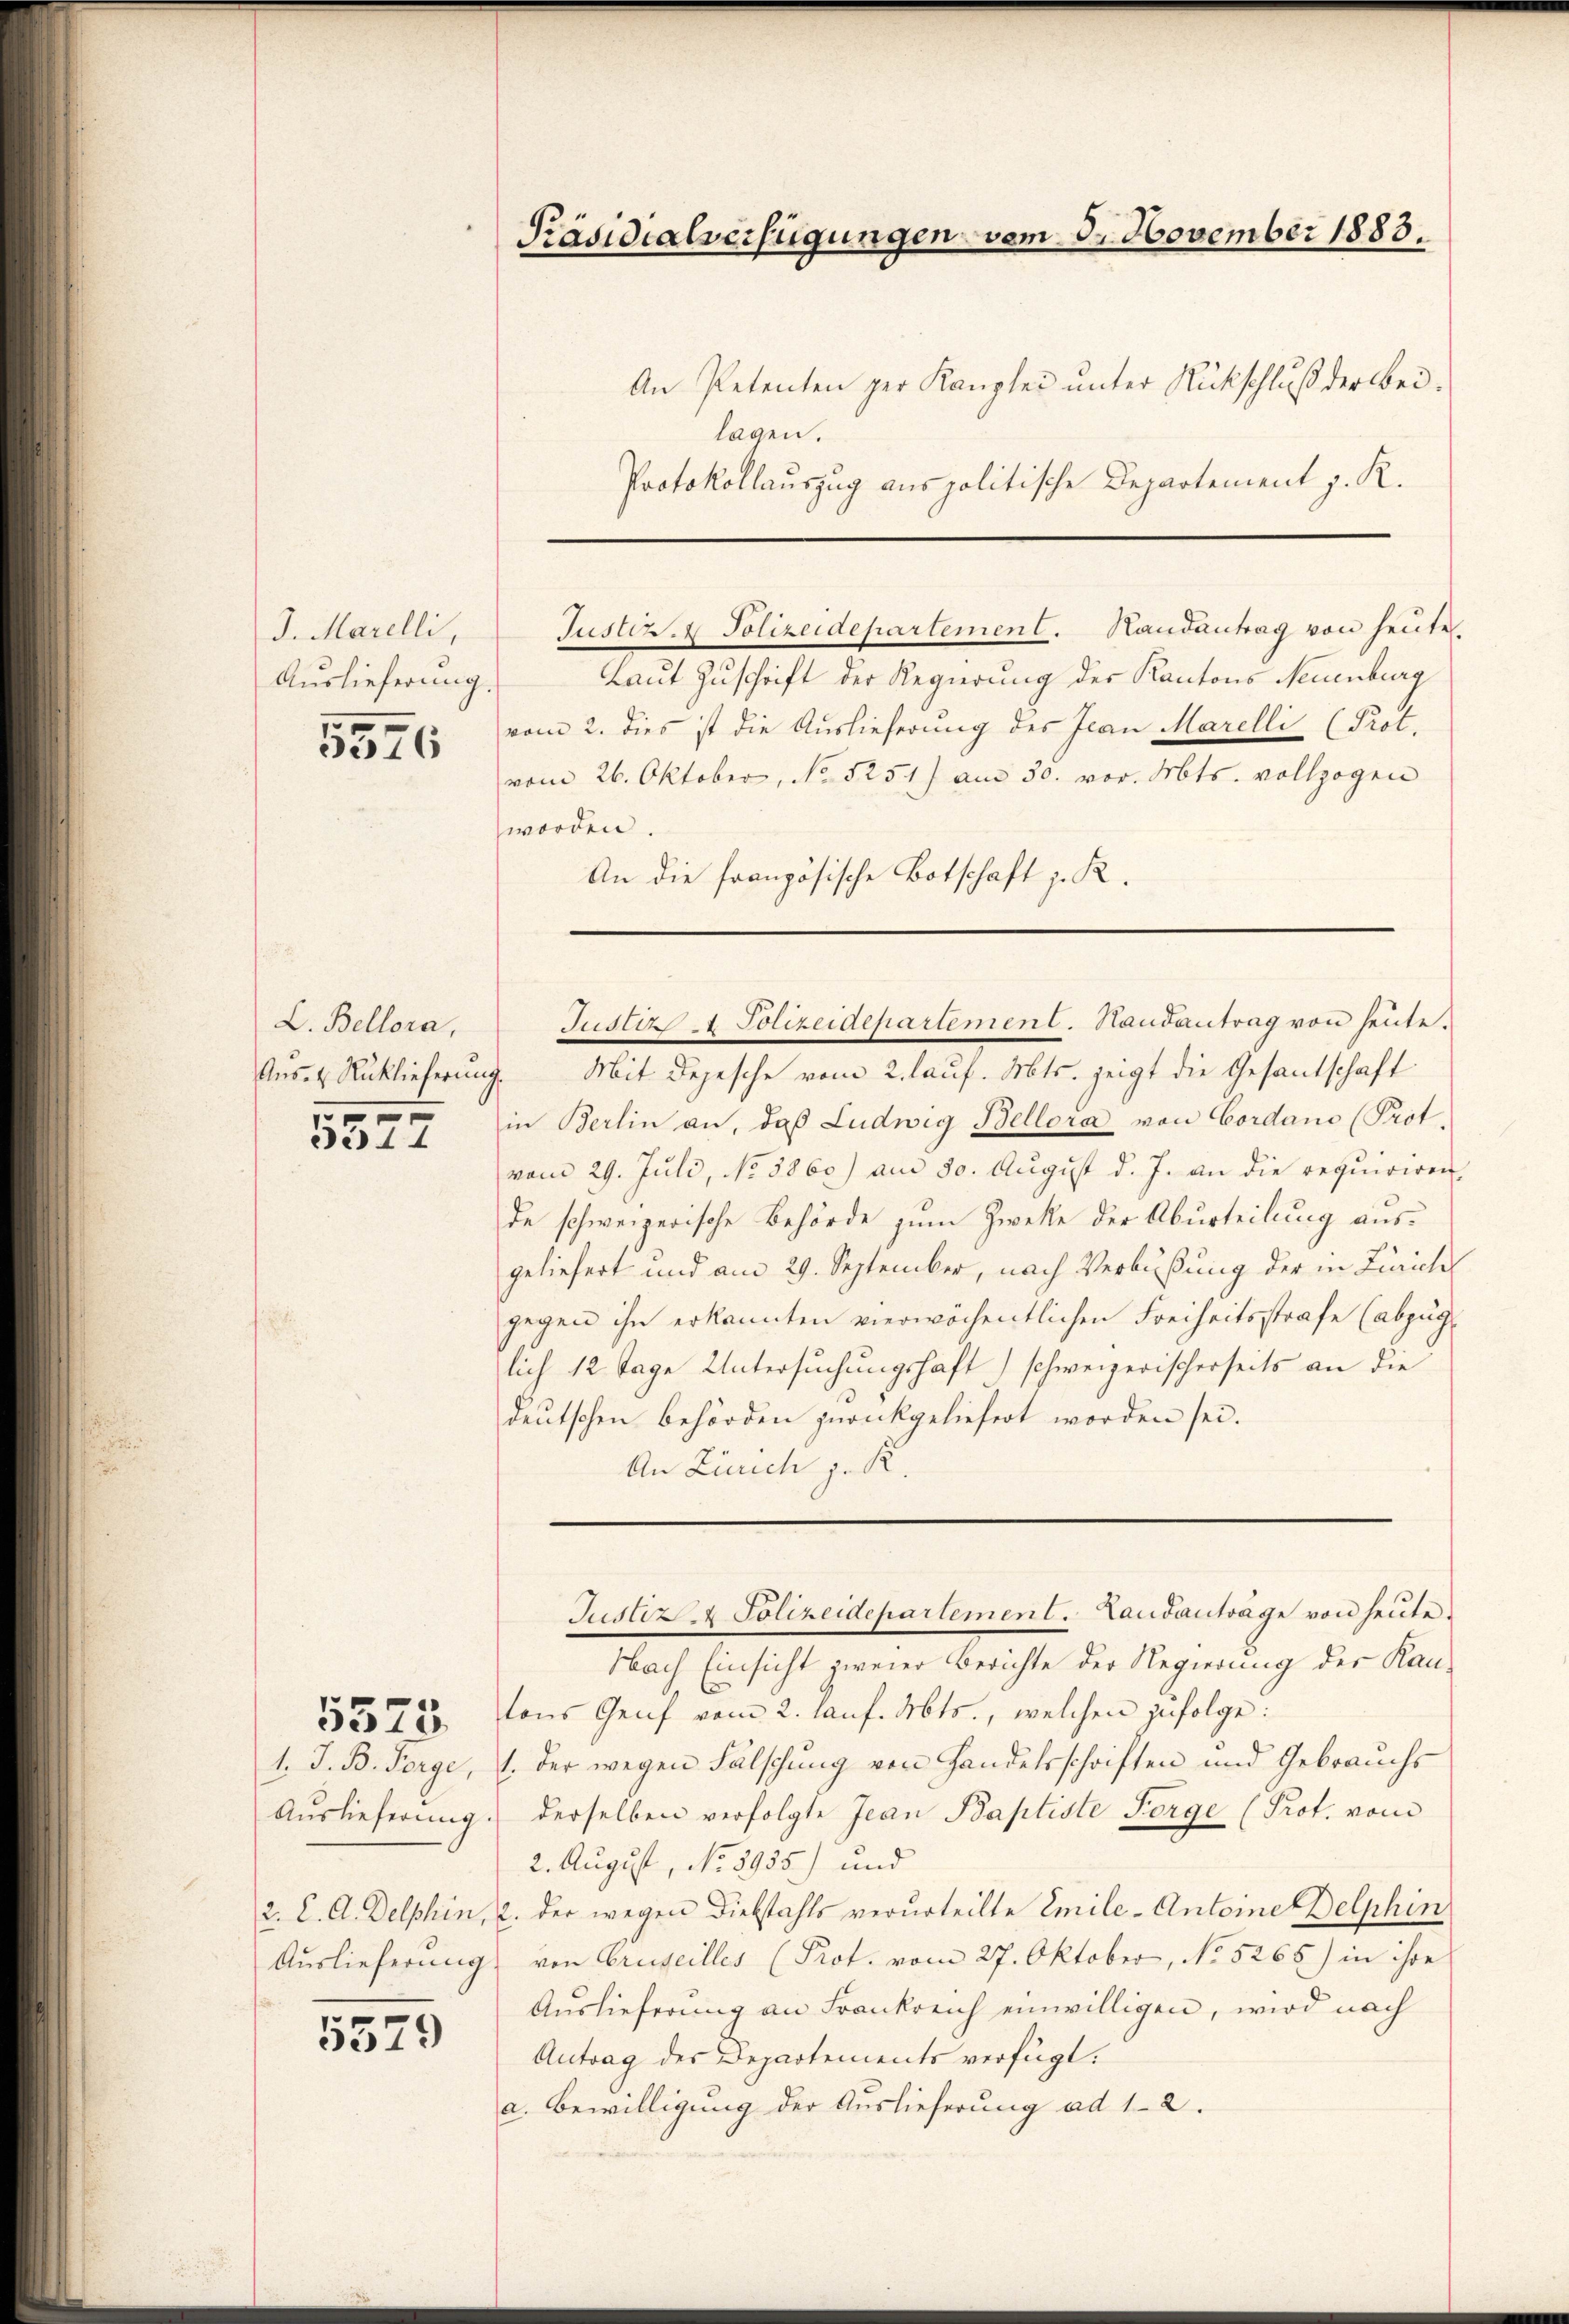
J. Marelli,
Auslieferung

5576

L. Bellora,
Aus- & Rücklieferung.

5527

5575.

1. J. B. Perge,
Auslieferung
2. C. A. Delphin,
Auslieferung

5579

Präsidialverfügungen vom 5. November 1883.

An Petenten per Kanzlei unter Rückschluß der bei
lagen.
Protokollauszug aus politische Departement z. R.

Justiz. Polizeidepartement. Handantrag von heute.
Laut Zuschrift der Regierung der Kantons Neuenburg
vom 2. dies ist die Auslieferung des Jean Marelli (Prot.
vom 26. Oktober, No 5251) am 30. vor. Mts. vollzogen
worden
An die französische Botschaft z. R.

Justiz & Polizeidepartement. Handantrag von heute.

Justiz & Polizeidepartement. Landanträge von heute.

Nach Einsicht zweier Berichte der Regierung der Kantons Genf vom 2. lauf. Mts., welchen zufolge:
1. Der wegen Fälschung von Handelsschriften und Gebrauchs
derselben verfolgte Jean Baptiste Perge (Prot. vom
2. August, No 8935.) und
2. der wegen Diebstahls verurteilte Emile-Antoine Delphin
von Gruseilles (Prot. vom 27. Oktober, No. 5265) in ihre
Auslieferung an Frankreich einwilligen, wird nach
Antrag des Departements verfügt:
a. Bewilligung der Auslieferung ad 12.

Mit Depesche vom 2. lauf. Mts. zeigt die Gesandschaft
in Berlin an, daß Ludwig Bellora von Cordano (Prot.
vom 29. Juli, No. 3860) am 30. August d. J. an die requiriren-
de schweizerische Behörde zum Zwecke der Aburteilung ausgeliefert und am 29. September, nach Verbüßung der in Zürich
gegen ihn erkannten vierwöchentlichen Freiheitsstrafe (abzug
lich 12 Tage Untersuchungshaft) schweizerischerseits an die
deutschen behörden zurückgeliefert worden sei.
An Zürich zu K